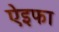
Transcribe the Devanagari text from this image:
ऐइफा